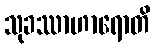
သုခဿာဟာရောတိ